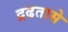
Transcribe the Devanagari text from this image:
द्रढतासे